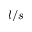
l / s